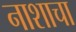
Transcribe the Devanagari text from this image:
नाशाचा